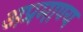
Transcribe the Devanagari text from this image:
अप्रमाण्‍य